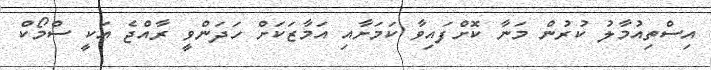
އިސްތިއުމާލު ކުރުން މަނާ ކޮށްފައިވާ ކަމަށާއި އަމާޒަކަށް ހަދަންވީ ރާއްޖެ އަކީ ސްމޯކް